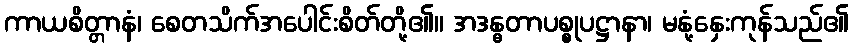
ကာယစိတ္တာနံ၊ စေတသိက်အပေါင်းစိတ်တို့၏။ အဒန္ဓတာပစ္စုပဋ္ဌာနာ၊ မနုံ့နှေးကုန်သည်၏